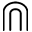
\Cap